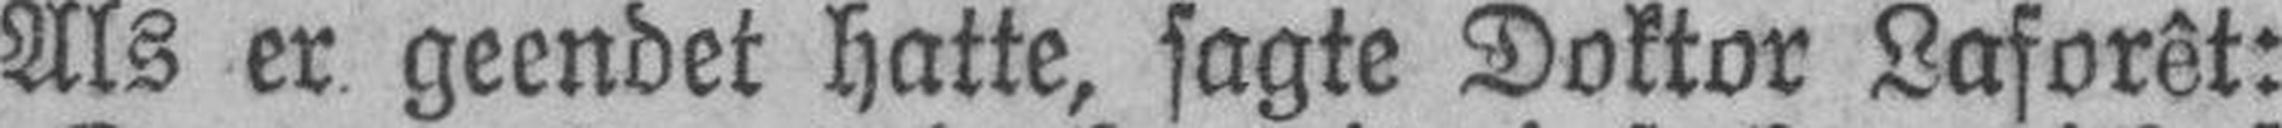
Als er geendet hatte, sagte Doktor Laforêt: